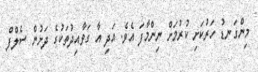
މިންގަނޑު ހަރުކަށި ކުރުމަށް ނިންމާފަ އެވެ. އަދި އާ ގަވާއިދުތަކުގެ ދަށުން ސެލްފް